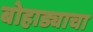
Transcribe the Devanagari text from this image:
बोहाड्याचा